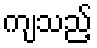
ကျသည့်